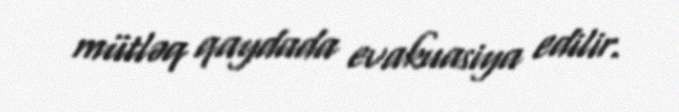
mütləq qaydada evakuasiya edilir.